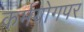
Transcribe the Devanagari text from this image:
कर्मयोगपर